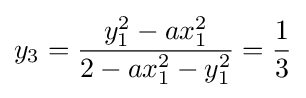
y_{3}={\frac {y_{1}^{2}-ax_{1}^{2}}{2-ax_{1}^{2}-y_{1}^{2}}}={\frac {1}{3}}